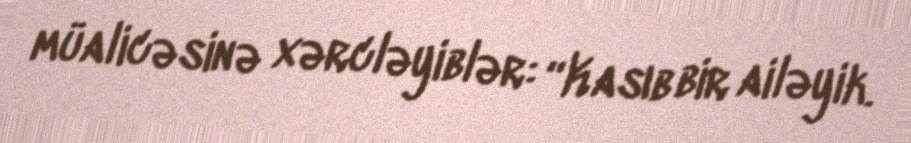
müalicəsinə xərcləyiblər: “Kasıb bir ailəyik.